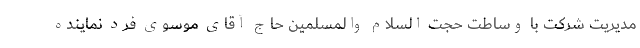
مدیریت شرکت با وساطت حجت السلام والمسلمین حاج آقای موسوی فرد نماینده